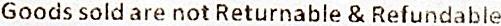
GOODS SOLD ARE NOT RETURNABLE & REFUNDABLE